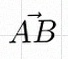
\vec{AB}